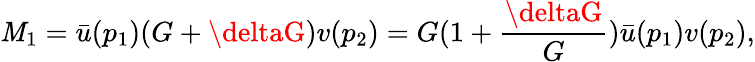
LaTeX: \mathit{M}_{1}={\bar{{u}}}(p_{1})(G+\deltaG)v(p_{2})=G(1+{\frac{{\deltaG}}{{G}}}){\bar{{u}}}(p_{1})v(p_{2}),